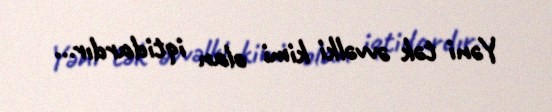
Yəni tək əvvəlki kimi olan iqtidardır...